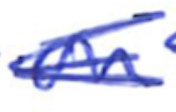
Text: on
Cross-out: scratch
Writing tool: ballpoint